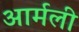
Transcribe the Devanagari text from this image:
आर्मली